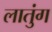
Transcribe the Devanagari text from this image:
लातुंग